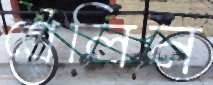
গ্রেলিন